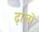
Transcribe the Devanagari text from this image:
ढ़ालों